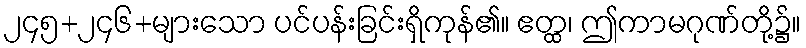
၂၄၅+၂၄၆+များသော ပင်ပန်းခြင်းရှိကုန်၏။ ဧတ္ထ၊ ဤကာမဂုဏ်တို့၌။